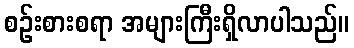
စဉ်းစားစရာ အများကြီးရှိလာပါသည်။